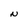
Character: N